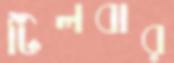
টিলবার